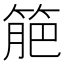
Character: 䈈